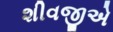
શીવજીએ